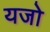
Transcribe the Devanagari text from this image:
यजो